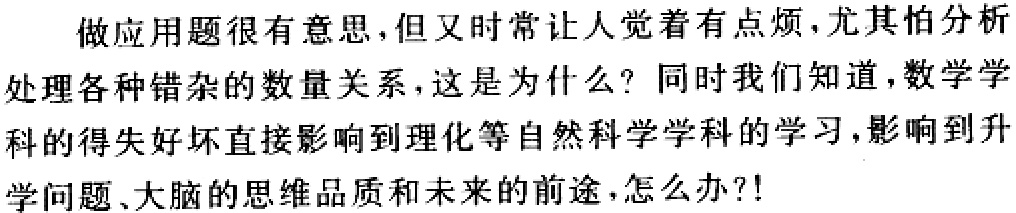
做应用题很有意思,但又时常让人觉着有点烦,尤其怕分析

处理各种错杂的数量关系,这是为什么？同时我们知道,数学学

科的得失好坏直接影响到理化等自然科学学科的学习,影响到升

学问题、大脑的思维品质和未来的前途,怎么办?!